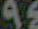
95